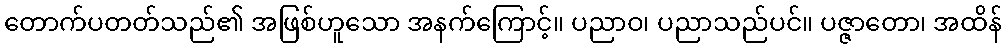
တောက်ပတတ်သည်၏ အဖြစ်ဟူသော အနက်ကြောင့်။ ပညာဝ၊ ပညာသည်ပင်။ ပဇ္ဇာတော၊ အထိန်